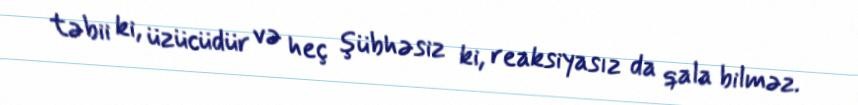
təbii ki, üzücüdür və heç şübhəsiz ki, reaksiyasız da qala bilməz.